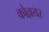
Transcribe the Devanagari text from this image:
कोल्लयर